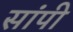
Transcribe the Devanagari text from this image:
सांपी